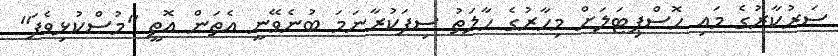
ސަރުކާރުގެ މައި ހޮސްޕިޓަލަށް މިހާރުގެ ހާލަތު ސިފަކުރާނަމަ ބުނެވޭނީ އެތަން އޮތީ "މުސްކުޅިވެފަ"